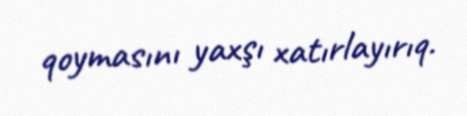
qoymasını yaxşı xatırlayırıq.